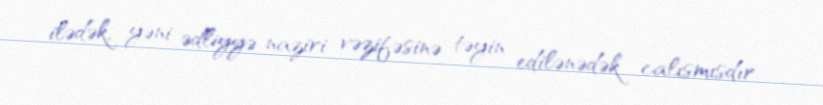
ilədək, yəni ədliyyə naziri vəzifəsinə təyin edilənədək calısmısdır.